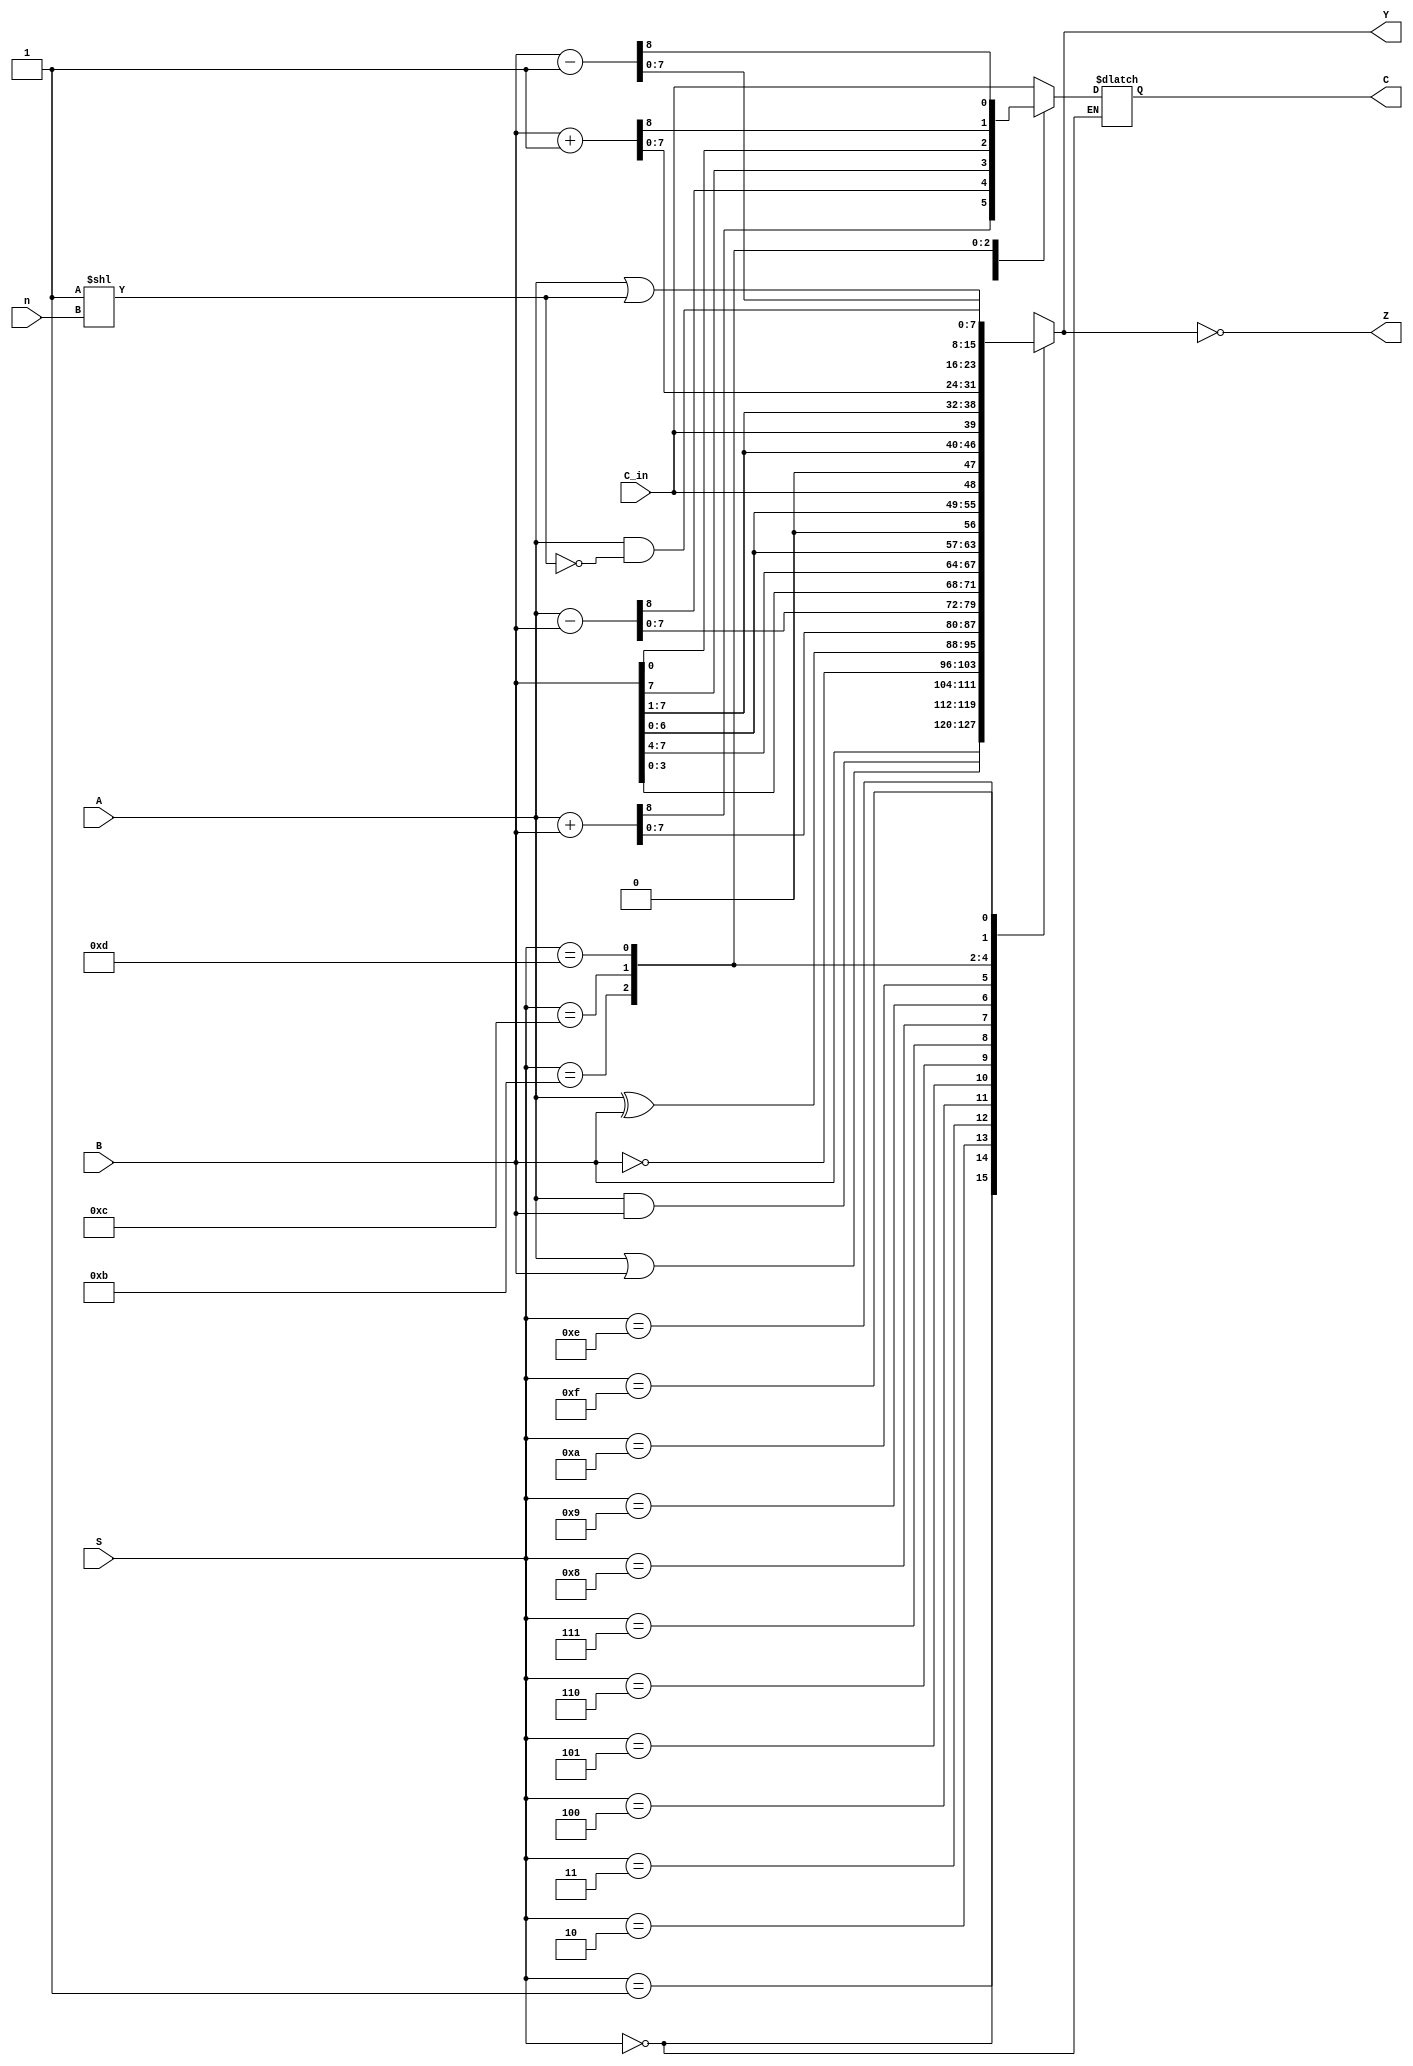
module alu (
    input [7:0] A, B,
    input [3:0] S,
    input [2:0] n,
    input C_in,
    output [7:0] Y,
    output C, Z
);

    reg [8:0] temp;

    assign Y = temp[7:0];
    assign C = temp[8];
    assign Z = (temp[7:0] == 0);

    always @(A, B, S, n, C_in)
    begin

        case(S)
            4'b0000: temp[7:0] = B;                     // pass B
            4'b0001: temp = { C_in, A & B};             // A and B
            4'b0010: temp = { C_in, A | B};             // A or B
            4'b0011: temp = { C_in, ~B};                // not B
            4'b0100: temp = { C_in, A ^ B};             // A xor B
            4'b0101: temp = A + B;                      // sum A B
            4'b0110: temp = A - B;                      // sub A B
            4'b0111: temp = {C_in, B[3:0], B[7:4]};     // swap nibbles
            4'b1000: temp = {C_in, B[6:0], 1'b0};       // left shift, no carry
            4'b1001: temp = {B, C_in};                  // left shift through carry
            4'b1010: temp = {C_in, 1'b0, B[7:1]};       // right shift, no carry
            4'b1011: temp = {B[0], C_in, B[7:1]};       // right shift through carry
            4'b1100: temp = B+1;                        // increase B
            4'b1101: temp = B-1;                        // decrease B
            4'b1110: temp = {C_in, A & ~(8'h01 << n)};  // clear n bit of A
            4'b1111: temp = {C_in, A | (8'h01 << n)};   // set n bit of A
            default: temp[7:0] = 0;
        endcase
    end

endmodule